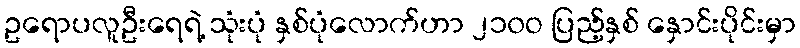
ဥရောပလူဦးရေရဲ့ သုံးပုံ နှစ်ပုံလောက်ဟာ ၂၁၀ဝ ပြည့်နှစ် နှောင်းပိုင်းမှာ